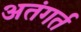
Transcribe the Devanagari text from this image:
अतंगर्त